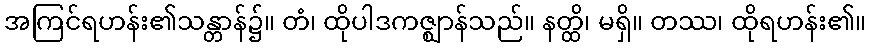
အကြင်ရဟန်း၏သန္တာန်၌။ တံ၊ ထိုပါဒကဇ္ဈာန်သည်။ နတ္ထိ၊ မရှိ။ တဿ၊ ထိုရဟန်း၏။